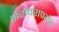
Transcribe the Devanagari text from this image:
सरोवरापर्यंत